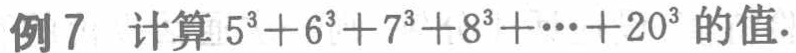
例7 计算 \(5^{3}+6^{3}+7^{3}+8^{3}+\cdots+20^{3}\) 的值.